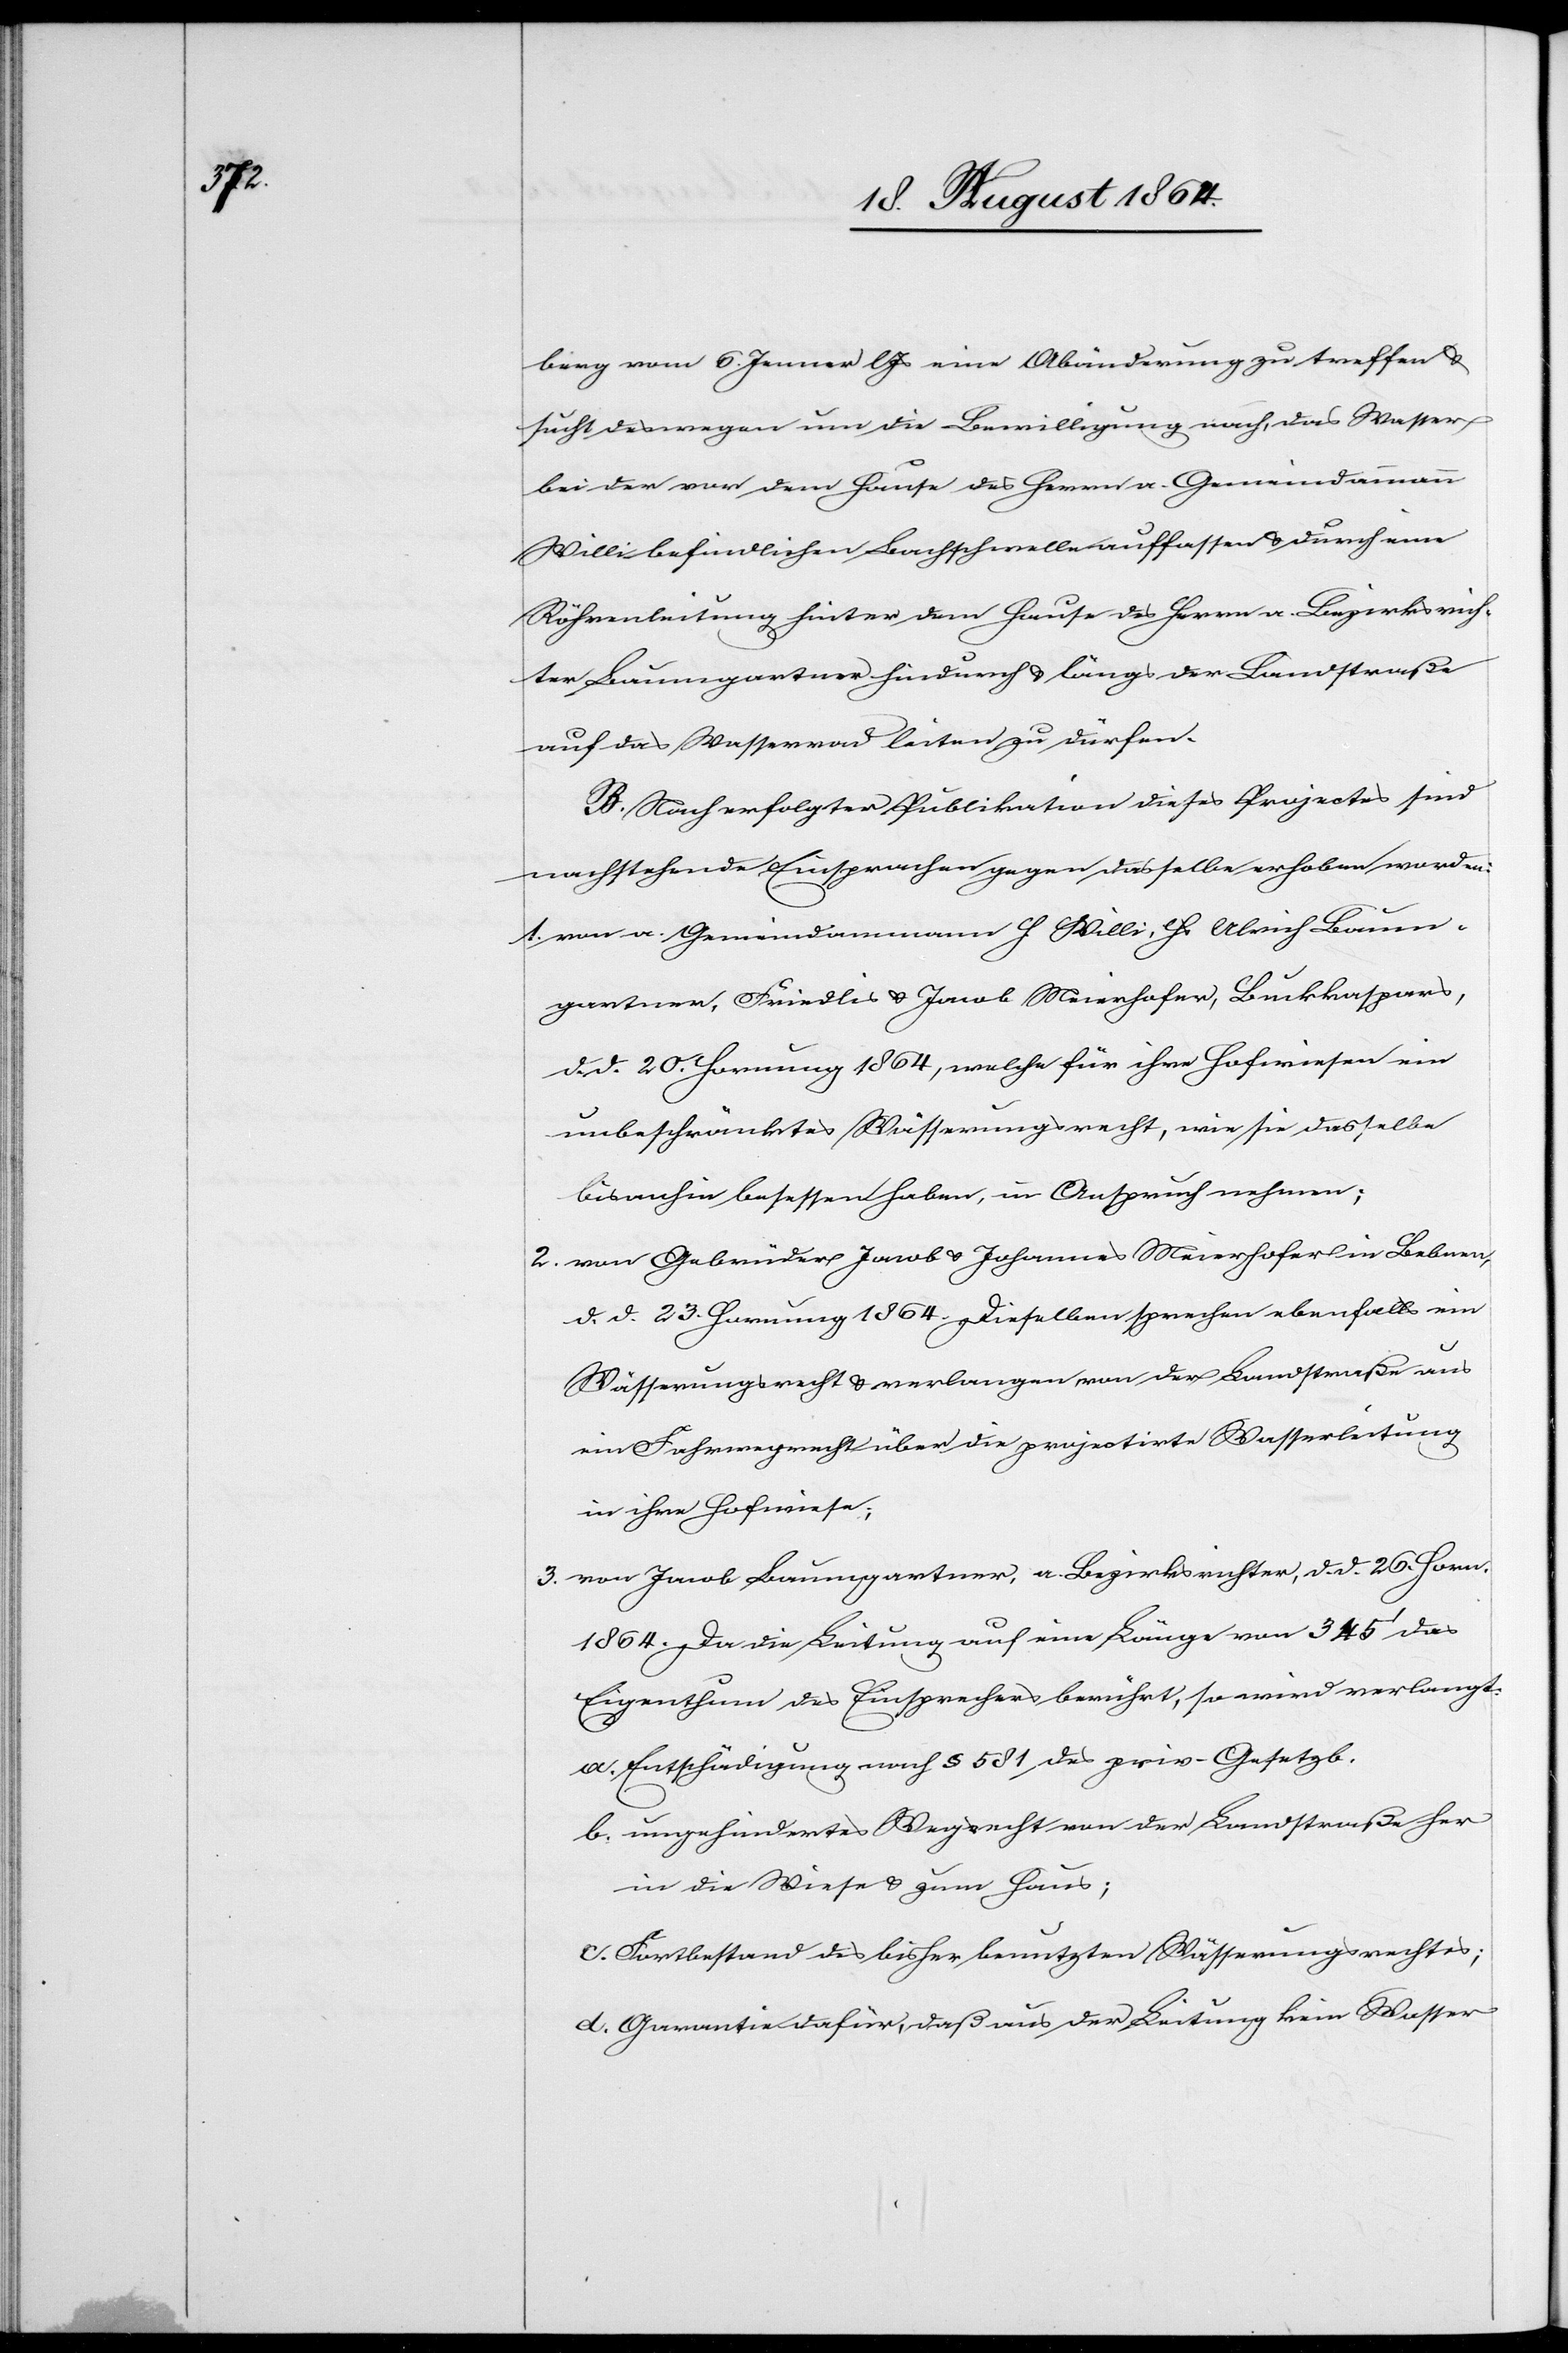
berg vom 6. Jenner l. Js. eine Abänderung zu treffen &
sucht deswegen um die Bewilligung nach, das Wasser
bei der vor dem Hause des Herrn a. Gemeindammann
Willi befindlichen Bachschwelle auffassen & durch eine
Röhrenleitung hinter dem Hause des Herrn a. Bezirksrich¬
ter Baumgartner hindurch & längs der Landstraße
auf das Wasserrad leiten zu dürfen.
B. Nach erfolgter Publikation dieses Projectes sind
nachstehende Einsprachen gegen dasselbe erhoben worden:
1.	von a. Gemeindammann H. Willi, Hs. Ulrich Baum¬
gartner, Friedli & Jacob Meierhofer, Buckkaspars,
d. d. 20. Hornung 1864, welche für ihre Hofwiesen ein
unbeschränktes Wässerungsrecht, wie sie dasselbe
bis anhin besessen haben, in Anspruch nehmen;
2. 	von Gebrüder Jacob & Johannes Meierhofer in Bebnen,
d. d. 23. Hornung 1864. Dieselben sprechen ebenfalls ein
Wässerungsrecht & verlangen von der Landstraße aus
ein Fahrwegrecht über die projectirte Wasserleitung
in ihre Hofwiese;
3.	von Jacob Baumgartner, a. Bezirksrichter, d. d. 26. Horn.
1864. Da die Leitung auf eine[r] Länge von 345’ das
Eigenthum des Einsprechers berührt, so wird verlangt:
a. Entschädigung nach § 581 des priv. Gesetzb.
b. ungehindertes Wegrecht von der Landstraße her
in die Wiese & zum Haus;
c. Fortbestand des bisher benutzten Wässerungsrechtes;
d. Garantie dafür, daß aus der Leitung kein Wasser